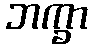
ဘက္ခာ